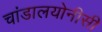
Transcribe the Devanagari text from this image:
चांडालयोनीसी